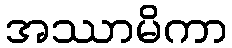
အဿာမိကာ